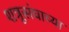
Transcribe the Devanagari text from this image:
शत्रूसंघाच्या